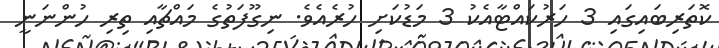
ކޮތަރިބައިގައި 3 ހަރުކައްޓާއެކު 3 މަޑުކަށި ހުރެއެވެ. ނިގޫފަތުގެ މައްޗާއި ތިރި ހުންނަނީ